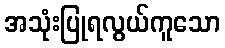
အသုံးပြုရလွယ်ကူသော